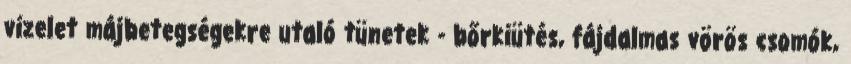
vizelet májbetegségekre utaló tünetek - bőrkiütés, fájdalmas vörös csomók,